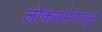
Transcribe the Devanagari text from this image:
लोकसभेपासून